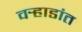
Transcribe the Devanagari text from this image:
वर्‍हाडांत